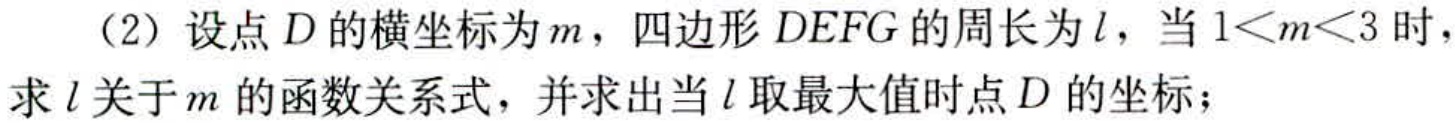
（2）设点\(D\)的横坐标为\(m\)，四边形\(DEFG\)的周长为\(l\)，当\(1 < m < 3\)时，求\(l\)关于\(m\)的函数关系式，并求出当\(l\)取最大值时点\(D\)的坐标；